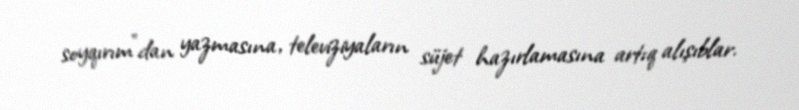
soyqırım”dan yazmasına, televiziyaların süjet hazırlamasına artıq alışıblar.